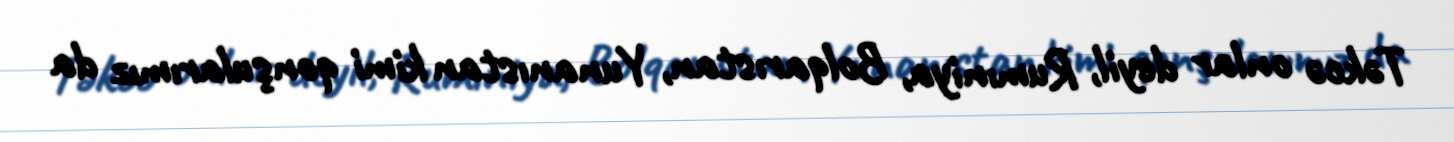
Təkcə onlar deyil, Rumıniya, Bolqarıstan, Yunanıstan kimi qonşularımız da